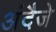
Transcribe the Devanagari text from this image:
अंदैजे